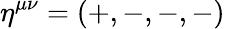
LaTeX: \eta^{\mu\nu}=(+,-,-,-)